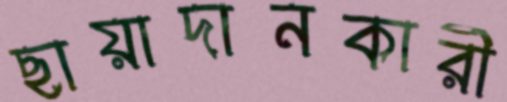
ছায়াদানকারী